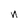
Character: n